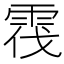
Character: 𲉷